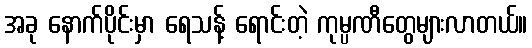
အခု နောက်ပိုင်းမှာ ရေသန့် ရောင်းတဲ့ ကုမ္ပဏီတွေများလာတယ်။